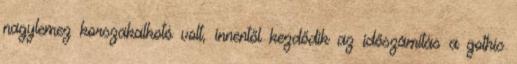
nagylemez korszakalkotó volt, innentől kezdődik az időszámítás a gothic